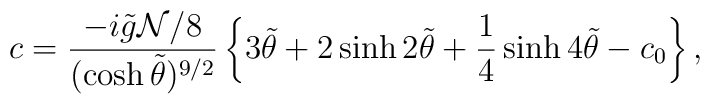
c={-i\tilde{g}{\cal N}/8 \over (\cosh\tilde\theta)^{9/2}}\left\{3\tilde\theta + 2\sinh 2\tilde\theta +{1\over 4}\sinh 4\tilde\theta-c_0\right\},